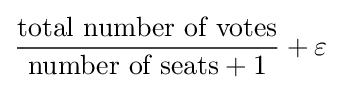
{\frac {\mbox{total number of votes}}{{\mbox{number of seats}}+1}}+\varepsilon